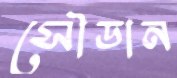
সৌডান